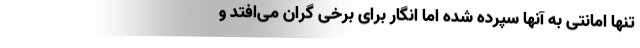
تنها امانتی به آنها سپرده شده اما انگار برای برخی گران می‌افتد و